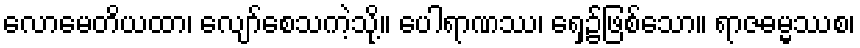
လောမေတိယထာ၊ လျော်စေသကဲ့သို့။ ပေါရာဏဿ၊ ရှေ့၌ဖြစ်သော။ ရာဇဓမ္မဿစ၊